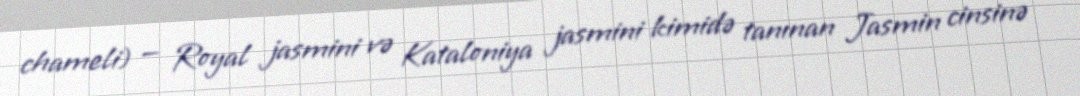
chameli) — Royal jasmini və Kataloniya jasmini kimidə tanınan Jasmin cinsinə